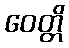
ဝေတ္တိ